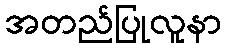
အတည်ပြုလူနာ